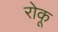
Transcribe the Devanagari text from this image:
रोकू